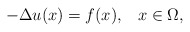
\begin{align*}-\Delta u(x)=f(x), \,\,\,\ x\in\Omega,\end{align*}